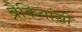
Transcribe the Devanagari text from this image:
ब्रैकियांसी